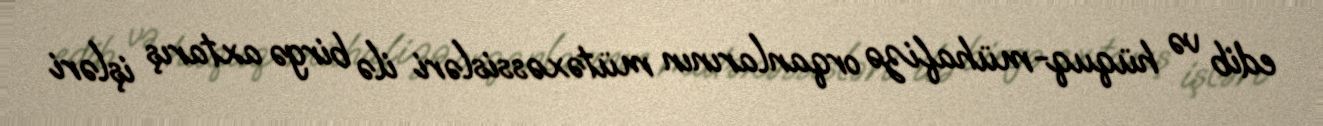
edib və hüquq-mühafizə orqanlarının mütəxəssisləri ilə birgə axtarış işləri